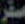
صقر